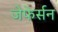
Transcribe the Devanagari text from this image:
जेफेर्सन